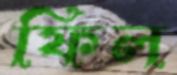
ফিল